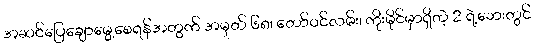
အဆင်ပြေချောမွေ့စေရန်အတွက် အမှတ် ၆၈၊ တော်ဝင်လမ်း၊ ကိုးမိုင်မှာရှိတဲ့ 2 ရဲ့ဘေးတွင်